Problem: 49 + 27 = ?
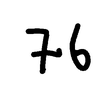
Handwritten answer: 76